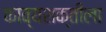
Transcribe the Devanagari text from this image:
काव्यशक्तीला